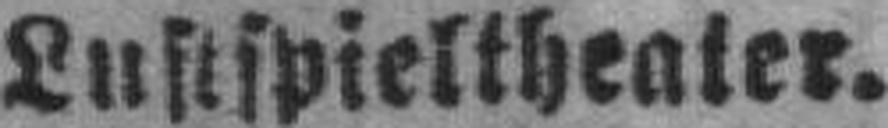
Lustspieltheater.